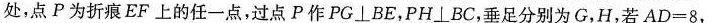
处，点P为折痕EF上的任一点，过点P作PG \bot BE，PH \bot BC，垂足分别为G，H，若$$A D = 8$$，